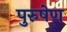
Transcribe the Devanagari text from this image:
पुरुषेण